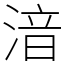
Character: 湆